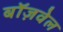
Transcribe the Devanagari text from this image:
बॉज़वेल